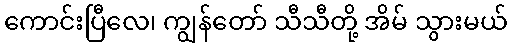
ကောင်းပြီလေ၊ ကျွန်တော် သီသီတို့ အိမ် သွားမယ်